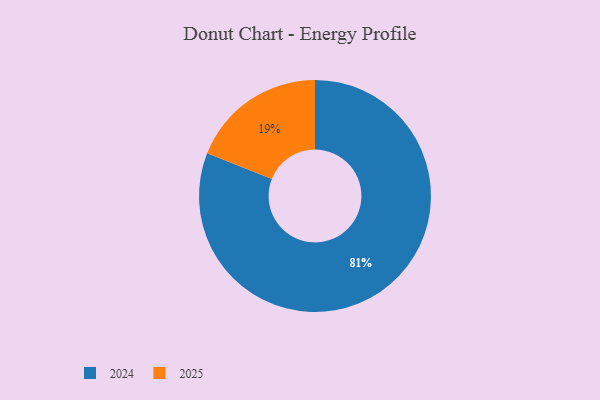
{"axis": {"x": "Category", "y": "Percentage"}, "legend": ["2024", "2025"], "data": [{"x": "2025", "y": 19, "type": "2025"}, {"x": "2024", "y": 81, "type": "2024"}]}